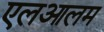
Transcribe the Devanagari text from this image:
एलआलम